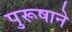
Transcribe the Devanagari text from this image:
पुरूषाने